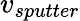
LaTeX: v_{sputter}